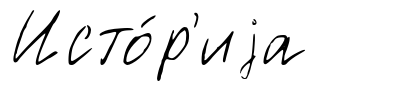
Исто́р'иjа